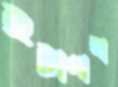
ইটাগাছা